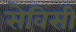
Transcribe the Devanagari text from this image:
सेविसी